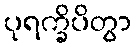
ပုရက္ခိပိတွာ